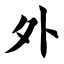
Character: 外